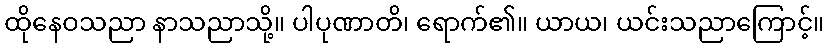
ထိုနေဝသညာ နာသညာသို့။ ပါပုဏာတိ၊ ရောက်၏။ ယာယ၊ ယင်းသညာကြောင့်။